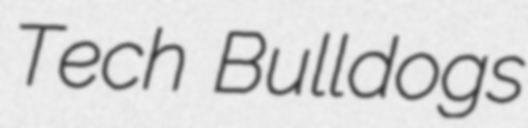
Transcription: Tech Bulldogs